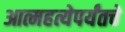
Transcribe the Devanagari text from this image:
आत्महत्येपर्यंतचे